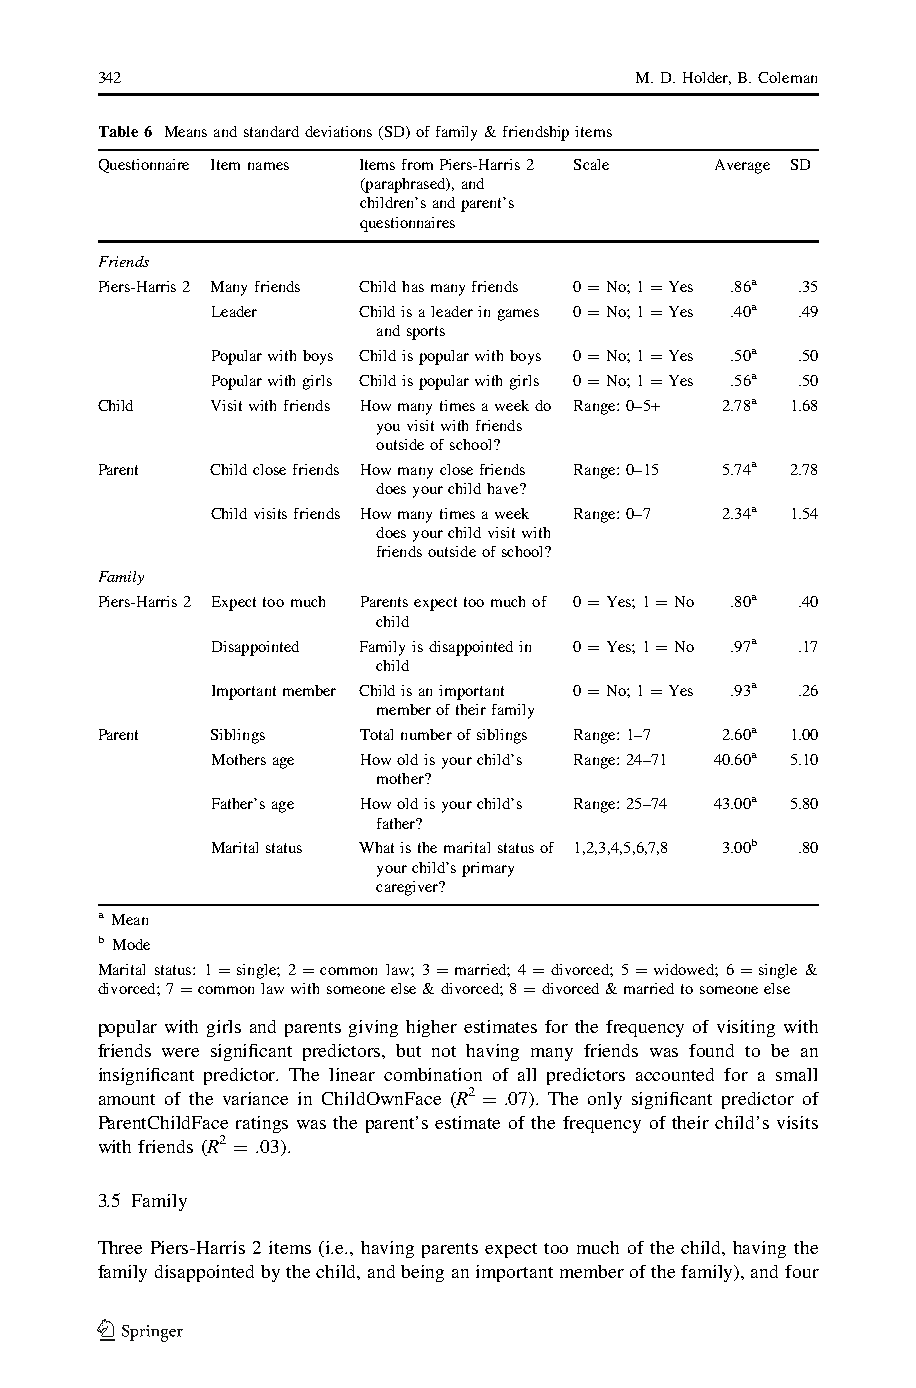
342                                 M.D.Holder,B.Coleman
 Table6 Meansandstandarddeviations(SD)offamily&friendshipitems
 Questionnaire Itemnames ItemsfromPiers-Harris2 Scale Average SD
 (paraphrased),and
 children’sandparent’s
 questionnaires
 Friends
 Piers-Harris2 Manyfriends Childhasmanyfriends 0=No;1=Yes .86a .35
 Leader    Childisaleaderingames 0=No;1=Yes .40a .49
 andsports
 Popularwithboys Childispopularwithboys 0=No;1=Yes .50a .50
 Popularwithgirls Childispopularwithgirls 0=No;1=Yes .56a .50
 Child   Visitwithfriends Howmanytimesaweekdo Range:0–5+ 2.78a 1.68
 youvisitwithfriends
 outsideofschool?
 Parent  Childclosefriends Howmanyclosefriends Range:0–15 5.74a 2.78
 doesyourchildhave?
 Childvisitsfriends Howmanytimesaweek Range:0–7 2.34a 1.54
 doesyourchildvisitwith
 friendsoutsideofschool?
 Family
 Piers-Harris2 Expecttoomuch Parentsexpecttoomuchof 0=Yes;1=No .80a .40
 child
 Disappointed Familyisdisappointedin 0=Yes;1=No .97a .17
 child
 Importantmember Childisanimportant 0=No;1=Yes .93a .26
 memberoftheirfamily
 Parent  Siblings  Totalnumberofsiblings Range:1–7 2.60a 1.00
 Mothersage Howoldisyourchild’s Range:24–71 40.60a 5.10
 mother?
 Father’sage Howoldisyourchild’s Range:25–74 43.00a 5.80
 father?
 Maritalstatus Whatisthemaritalstatusof 1,2,3,4,5,6,7,8 3.00b .80
 yourchild’sprimary
 caregiver?
 a Mean
 b Mode
 Marital status: 1=single; 2=common law; 3=married; 4=divorced; 5=widowed; 6=single &
 divorced;7=commonlawwithsomeoneelse&divorced;8=divorced&marriedtosomeoneelse
 popular with girls and parents giving higher estimates for the frequency of visiting with
 friends were significant predictors, but not having many friends was found to be an
 insignificant predictor. The linear combination of all predictors accounted for a small
 amount of the variance in ChildOwnFace (R2 = .07). The only significant predictor of
 ParentChildFace ratings was the parent’s estimate of the frequency of their child’s visits
 with friends (R2 = .03).
 3.5 Family
 Three Piers-Harris 2 items (i.e., having parents expect too much of the child, having the
 familydisappointedbythechild,andbeinganimportantmemberofthefamily),andfour
 123